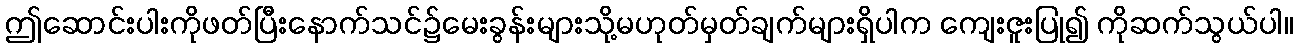
ဤဆောင်းပါးကိုဖတ်ပြီးနောက်သင်၌မေးခွန်းများသို့မဟုတ်မှတ်ချက်များရှိပါက ကျေးဇူးပြု၍ ကိုဆက်သွယ်ပါ။